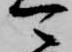
可